DOW-UAP-D62, Mission Report, Strait of Hormuz, September 2020
Agency: Department of War
Incident date: 9/16/20
Incident location: Strait of Hormuz
Page 1
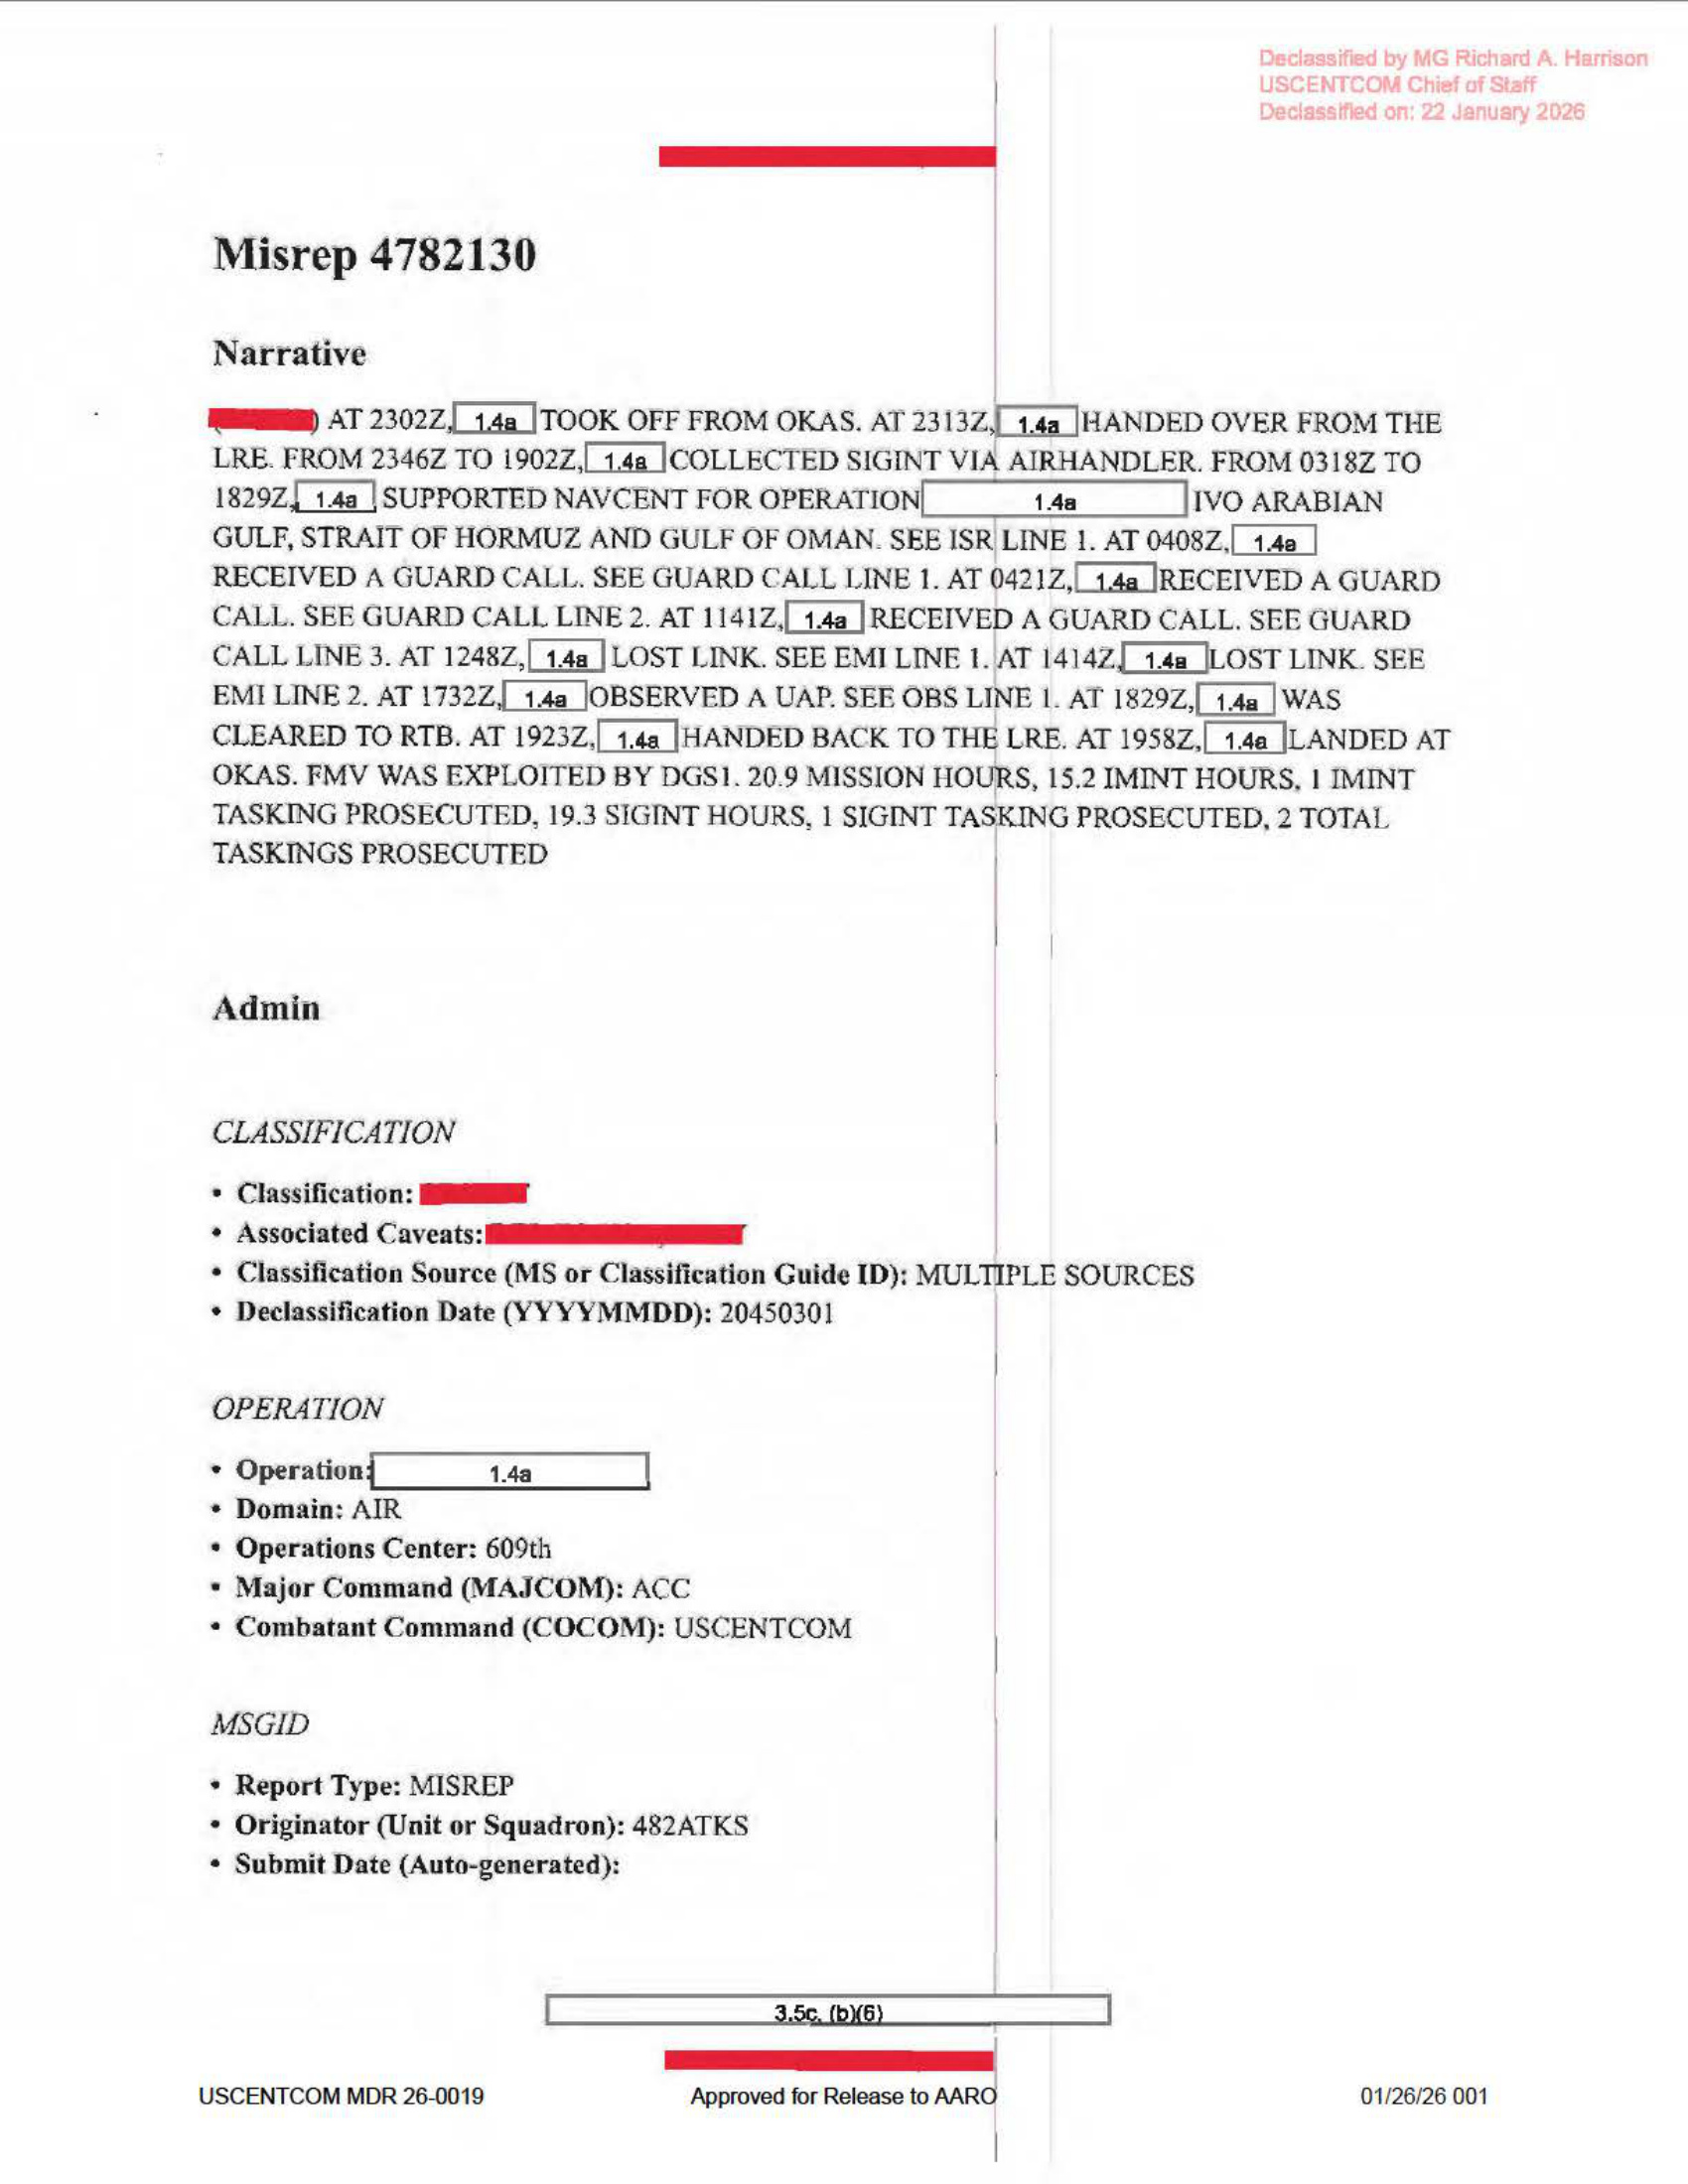